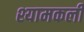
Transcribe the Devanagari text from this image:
श्यामकली